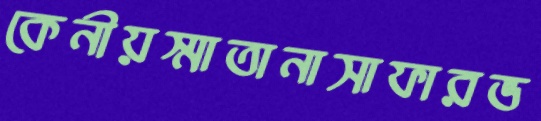
কেনীয়স্মাতানাসাফারভ